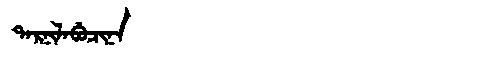
Manchu: ᡨᠠᡵᠨᡳᠯᠠᠪᡠᠴᡳᠨᠠ
Romanization: TARNILABUCINA